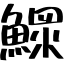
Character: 鰥